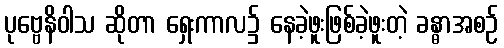
ပုဗ္ဗေနိဝါသ ဆိုတာ ရှေးကာလ၌ နေခဲ့ဖူးဖြစ်ခဲ့ဖူးတဲ့ ခန္ဓာအစဉ်